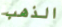
الذهب